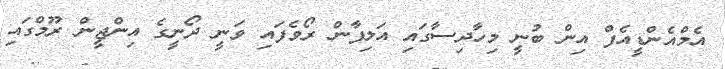
އެމްއެންޑީއެފް އިން ބުނީ މިހާދިސާގައި އަލިފާން ރޯވެފައި ވަނީ ދޯނީގެ އިންޖީން ރޫމްގައި